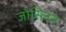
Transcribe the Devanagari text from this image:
जोस्लिन